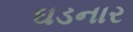
ઘડનાર